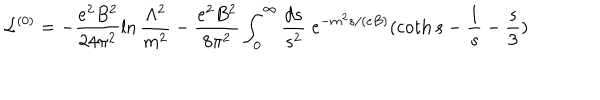
LaTeX: { \cal L } ^ { ( 0 ) } = - \frac { e ^ { 2 } B ^ { 2 } } { 2 4 \pi ^ { 2 } } \ln \frac { \Lambda ^ { 2 } } { m ^ { 2 } } - \frac { e ^ { 2 } B ^ { 2 } } { 8 \pi ^ { 2 } } \int _ { 0 } ^ { \infty } \frac { d s } { s ^ { 2 } } \; e ^ { - m ^ { 2 } s / ( e B ) } ( \coth s - \frac { 1 } { s } - \frac { s } { 3 } )